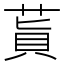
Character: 𦵊